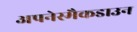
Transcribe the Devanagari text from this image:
अपनेस्मैकडाउन